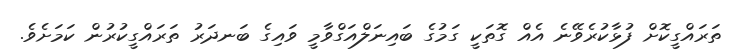
ތަރައްގީކޮށް ފުޅާކުރެވޭނެ އެއް ގޮތަކީ ގަމުގެ ބައިނަލްއަގްވާމީ ވައިގެ ބަނދަރު ތަރައްގީކުރުން ކަމަށެވެ.